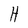
Character: H